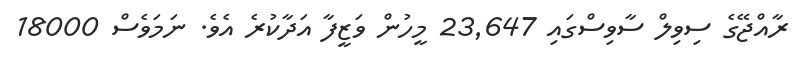
ރާއްޖޭގެ ސިވިލް ސާވިސްގައި 23